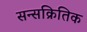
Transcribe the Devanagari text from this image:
सन्सक्रितिक